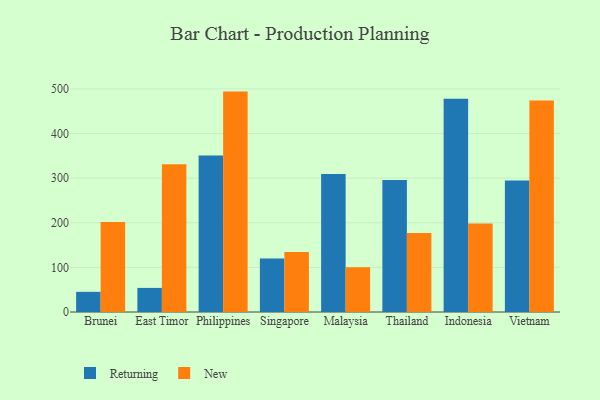
{"axis": {"x": "Country", "y": "Headcount"}, "legend": ["New", "Returning"], "data": [{"x": "Brunei", "y": 45.2, "type": "Returning"}, {"x": "Brunei", "y": 202.0, "type": "New"}, {"x": "East Timor", "y": 54.0, "type": "Returning"}, {"x": "East Timor", "y": 331.1, "type": "New"}, {"x": "Philippines", "y": 350.8, "type": "Returning"}, {"x": "Philippines", "y": 494.0, "type": "New"}, {"x": "Singapore", "y": 119.7, "type": "Returning"}, {"x": "Singapore", "y": 134.7, "type": "New"}, {"x": "Malaysia", "y": 309.5, "type": "Returning"}, {"x": "Malaysia", "y": 100.1, "type": "New"}, {"x": "Thailand", "y": 295.6, "type": "Returning"}, {"x": "Thailand", "y": 177.0, "type": "New"}, {"x": "Indonesia", "y": 477.9, "type": "Returning"}, {"x": "Indonesia", "y": 198.1, "type": "New"}, {"x": "Vietnam", "y": 294.6, "type": "Returning"}, {"x": "Vietnam", "y": 474.1, "type": "New"}]}